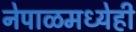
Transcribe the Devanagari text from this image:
नेपाळमध्येही